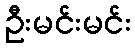
ဦးမင်းမင်း